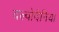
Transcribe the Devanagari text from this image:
वल्वोदैनिया